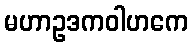
မဟာဥဒကဝါဟကေ